NAE_ERA_R-2324_Eesti_Vabariigi_Pohiseaduslik_Assamblee, lk 150
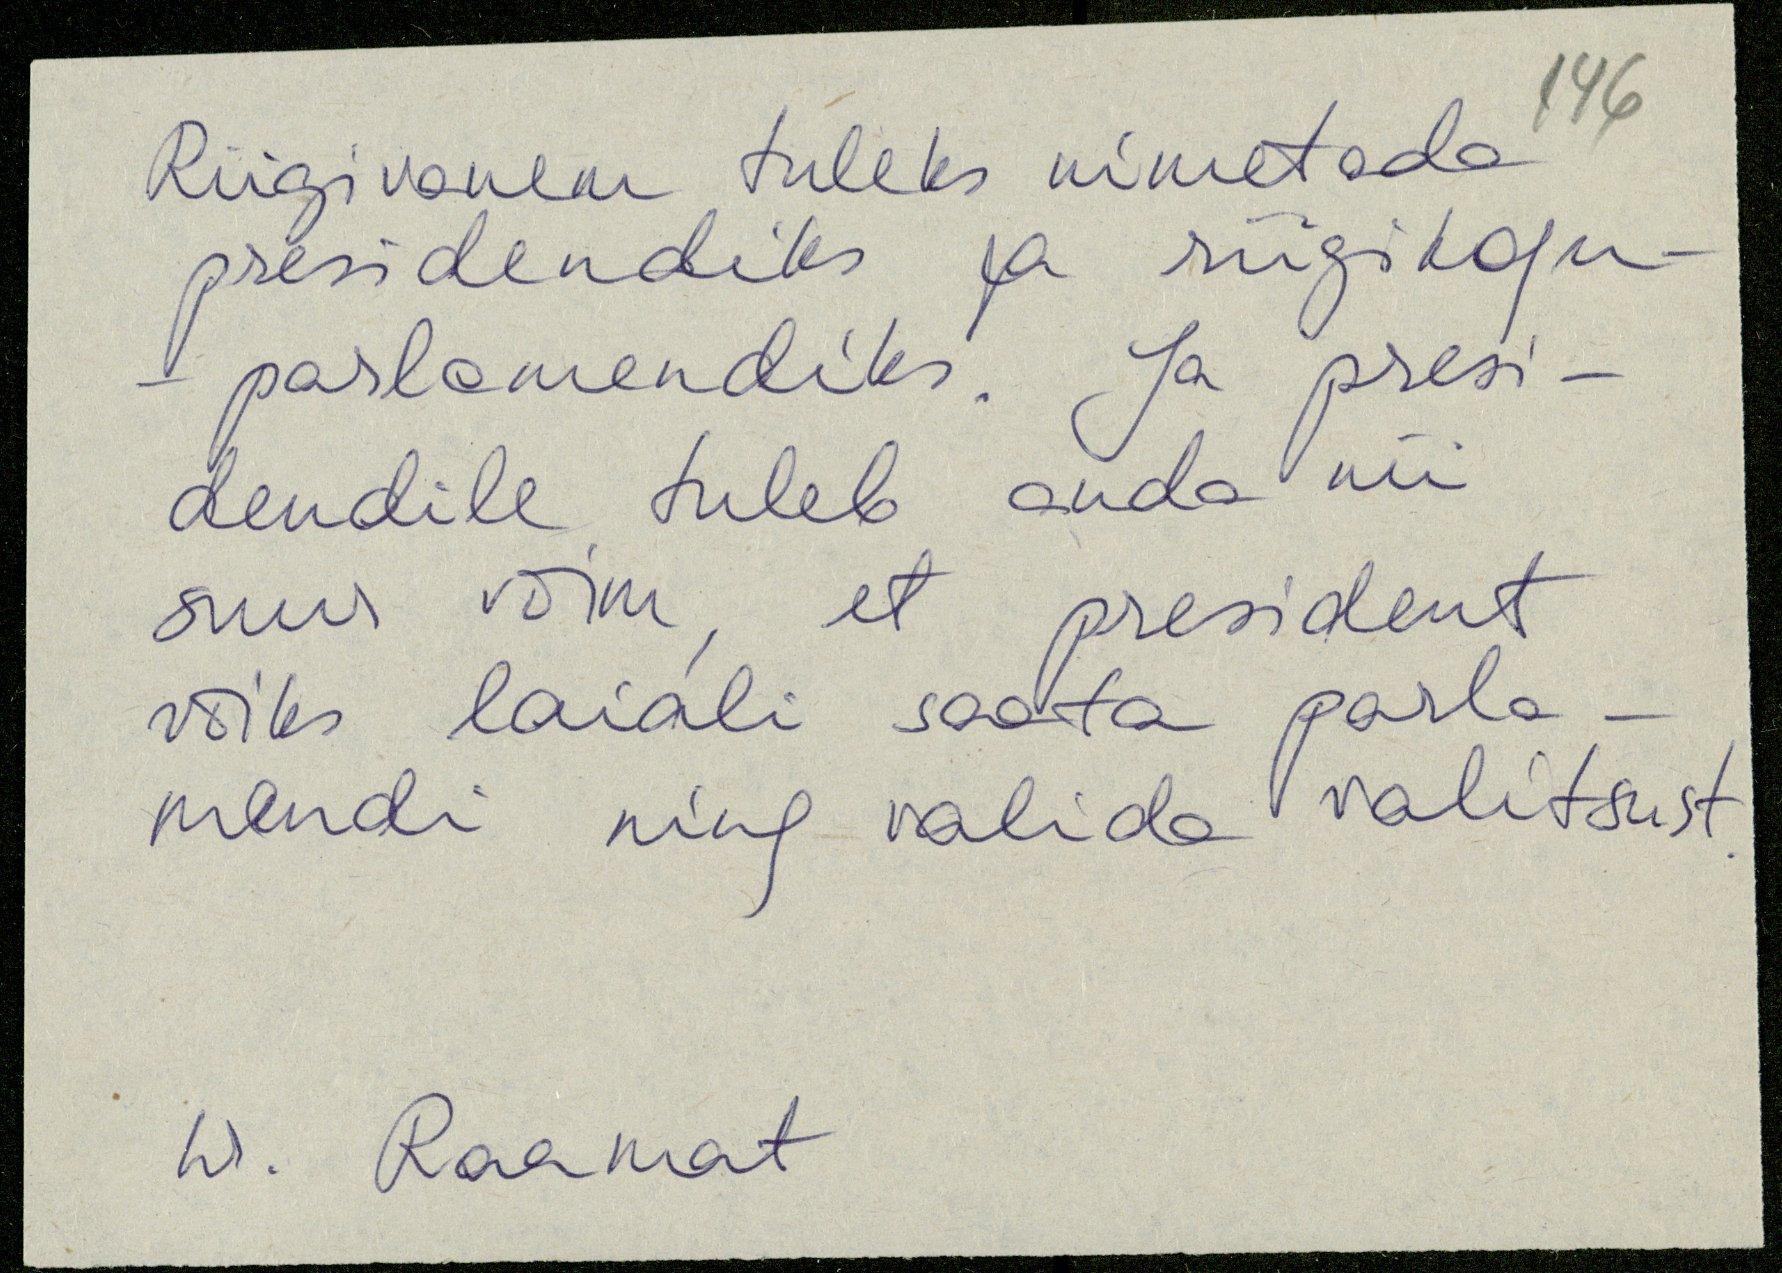
Riigivanem tuleks nimetada
presidendiks ja riigikogu
parlamendiks. Ja presi-
dendile tuleb anda nii
suur võim, et president
võiks laiali saata parla-
mendi ning valida valitsust.
hr. Raamat